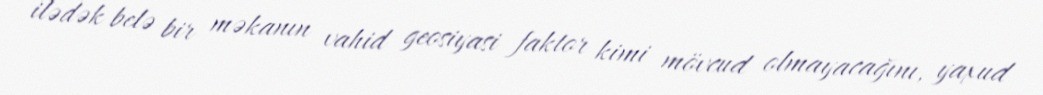
ilədək belə bir məkanın vahid geosiyasi faktor kimi mövcud olmayacağını, yaxud